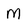
Character: M